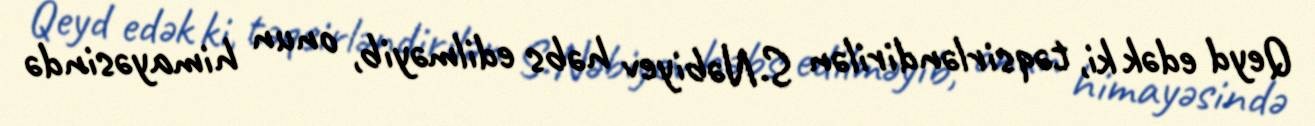
Qeyd edək ki, təqsirləndirilən S.Nəbiyev həbs edilməyib, onun himayəsində